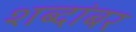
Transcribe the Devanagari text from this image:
शब्दांबर